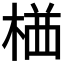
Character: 𭪯